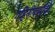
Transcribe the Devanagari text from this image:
गहिनीनाथांची